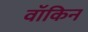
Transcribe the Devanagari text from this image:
वॉकिन